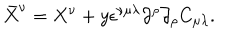
{ \bar { X } } ^ { \nu } = X ^ { \nu } + y \epsilon ^ { \nu \mu \lambda } \partial ^ { \rho } \partial _ { \rho } C _ { \mu \lambda } .